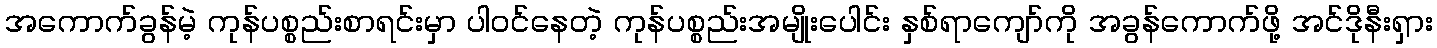
အကောက်ခွန်မဲ့ ကုန်ပစ္စည်းစာရင်းမှာ ပါဝင်နေတဲ့ ကုန်ပစ္စည်းအမျိုးပေါင်း နှစ်ရာကျော်ကို အခွန်ကောက်ဖို့ အင်ဒိုနီးရှား